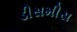
ડીસમીસ